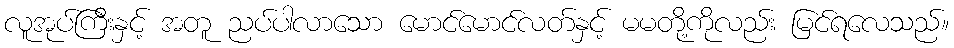
လူအုပ်ကြီးနှင့် အတူ ညပ်ပါလာသော မောင်မောင်လတ်နှင့် မမတို့ကိုလည်း မြင်ရလေသည်။